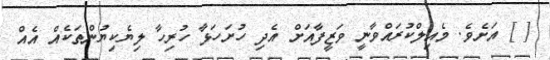
[ ] އަށެވެ. މެއިލްކުރައްވާނީ ވަޒީފާއަށް އެދި ހުށަހަޅާ ހުރިހާ ލިޔެކިޔުންތަކެއް އެއް